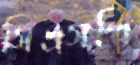
সিএসপি